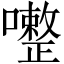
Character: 𱕠